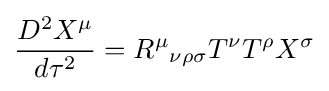
{\frac {D^{2}X^{\mu }}{d\tau ^{2}}}={R^{\mu }}_{\nu \rho \sigma }T^{\nu }T^{\rho }X^{\sigma }